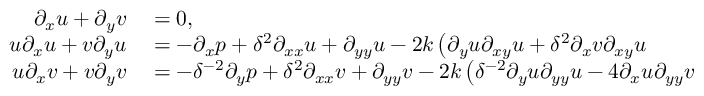
\begin{array} { r l } { \partial _ { x } u + \partial _ { y } v } & { { } = 0 , } \\ { u \partial _ { x } u + v \partial _ { y } u } & { { } = - \partial _ { x } p + \delta ^ { 2 } \partial _ { x x } u + \partial _ { y y } u - 2 k \left( \partial _ { y } u \partial _ { x y } u + \delta ^ { 2 } \partial _ { x } v \partial _ { x y } u \right. } \\ { u \partial _ { x } v + v \partial _ { y } v } & { { } = - \delta ^ { - 2 } \partial _ { y } p + \delta ^ { 2 } \partial _ { x x } v + \partial _ { y y } v - 2 k \left( \delta ^ { - 2 } \partial _ { y } u \partial _ { y y } u - 4 \partial _ { x } u \partial _ { y y } v \right. } \end{array}